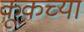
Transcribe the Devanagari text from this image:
कूकच्या